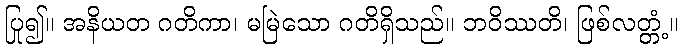
ပြု၍။ အနိယတ ဂတိကာ၊ မမြဲသော ဂတိရှိသည်။ ဘဝိဿတိ၊ ဖြစ်လတ္တံ့။